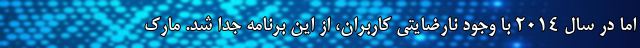
اما در سال ۲۰۱۴ با وجود نارضایتی کاربران، از این برنامه جدا شد. مارک